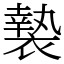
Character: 褺